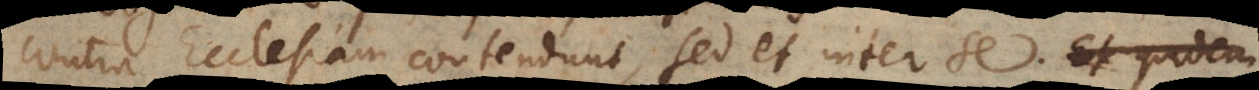
contra Ecclesiam contendunt, sed et inter se. Et quidem